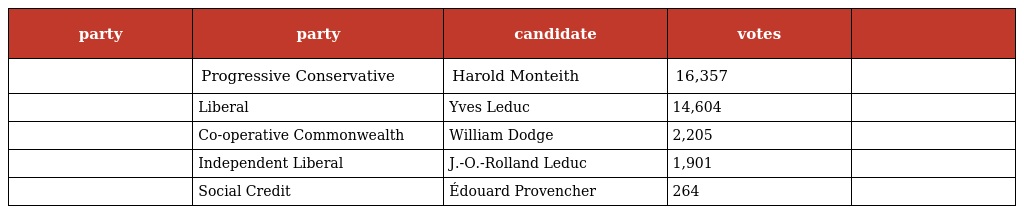
| party | party | candidate | votes |  |
 | --- | --- | --- | --- | --- |
 |  | Progressive Conservative | Harold Monteith | 16,357 |  |
 |  | Liberal | Yves Leduc | 14,604 |  |
 |  | Co-operative Commonwealth | William Dodge | 2,205 |  |
 |  | Independent Liberal | J.-O.-Rolland Leduc | 1,901 |  |
 |  | Social Credit | Édouard Provencher | 264 |  |